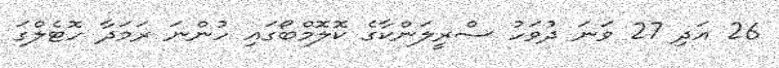
26 އަދި 27 ވަނަ ދުވަހު ސްރީލަންކާގެ ކޮލޮމްބޯގައި ހުންނަ ރަމަދާ ހޮޓެލްގަ